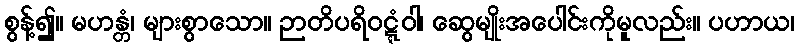
စွန့်၍။ မဟန္တံ၊ များစွာသော။ ဉာတိပရိဝဋ္ဋံဝါ၊ ဆွေမျိုးအပေါင်းကိုမူလည်း။ ပဟာယ၊